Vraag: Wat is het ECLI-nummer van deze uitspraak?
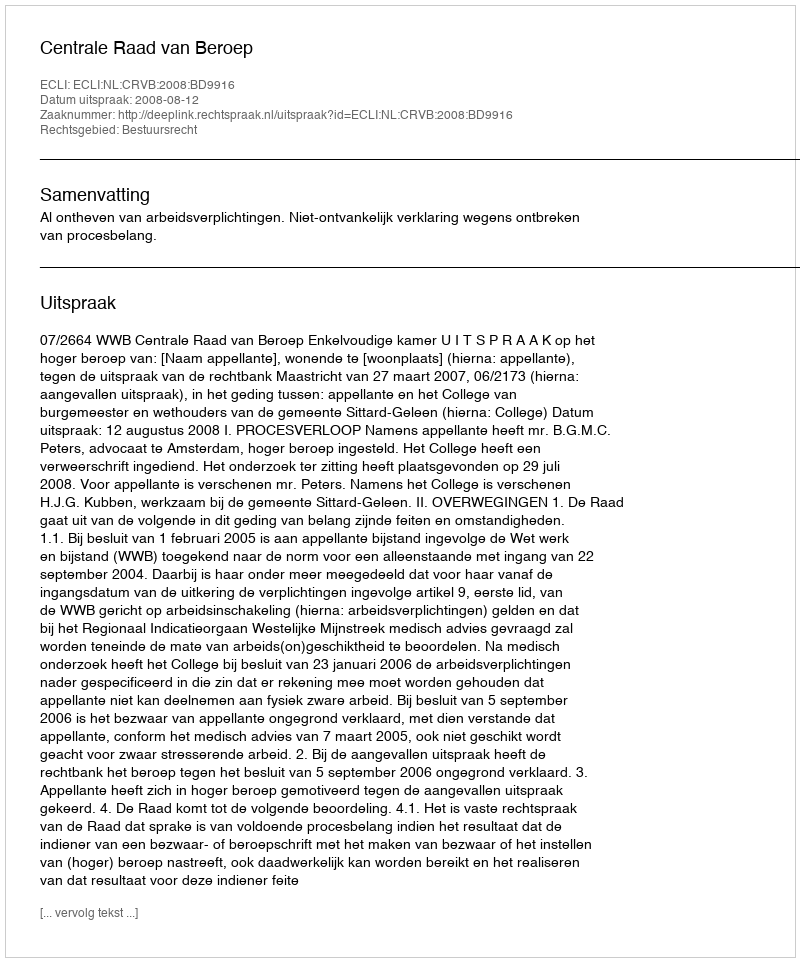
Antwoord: ECLI:NL:CRVB:2008:BD9916